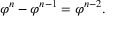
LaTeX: \! \ \varphi ^ { n } - \varphi ^ { n - 1 } = \varphi ^ { n - 2 } .